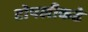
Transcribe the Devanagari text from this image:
टोपलीकडे